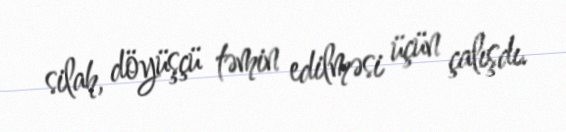
silah, döyüşçü təmin edilməsi üçün çalışdı.